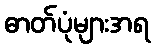
ဓာတ်ပုံများအရ